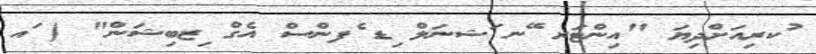
ުކރިއަށްދިޔަ "އިންޓަރ ޭނ ަޝނަލް ިޑ ެފންސް އެގް ިޒބިޝަން" ( ައ